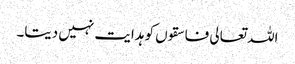
اللہ تعالی فاسقوں کو ہدایت نہیں دیتا۔